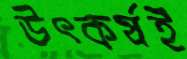
উৎকর্ষই